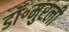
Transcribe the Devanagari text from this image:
डॉ॰मुरली